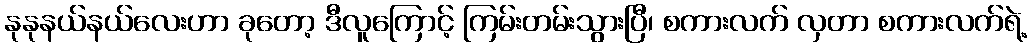
နုနုနယ်နယ်လေးဟာ ခုတော့ ဒီလူကြောင့် ကြမ်းတမ်းသွားပြီ၊ စကားလက် လှတာ စကားလက်ရဲ့